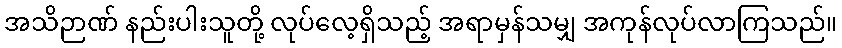
အသိဉာဏ် နည်းပါးသူတို့ လုပ်လေ့ရှိသည့် အရာမှန်သမျှ အကုန်လုပ်လာကြသည်။